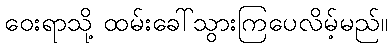
ဝေးရာသို့ ထမ်းခေါ်သွားကြပေလိမ့်မည်။